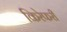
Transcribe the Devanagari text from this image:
किरेफरी